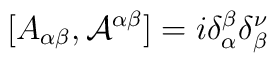
[A_{\alpha\beta}, {\cal{A}}^{\alpha\beta}] =i\delta_\alpha^\beta \delta_\beta^\nu